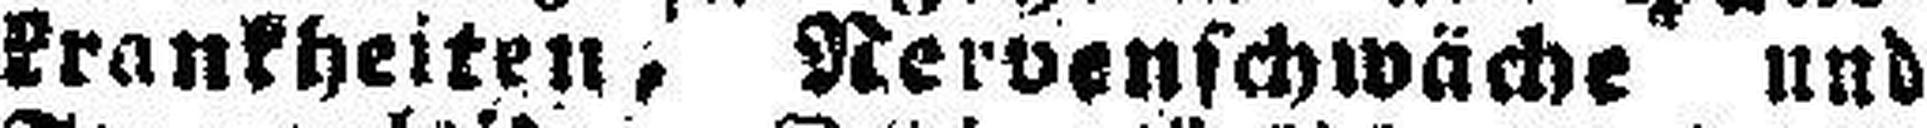
Krankheiten, Nervenschwäche und